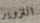
التزوير